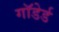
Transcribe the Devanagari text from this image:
गाॅडेर्ड